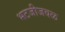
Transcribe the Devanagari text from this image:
भटजीजवळ